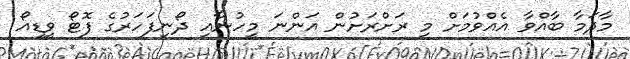
މާދަމާ ބާއްވާ އެއްވުމަށް މި ރަށްރަށުން އަންނަ މީހުނާއި ދޯނިފަހަރުގެ ފޮޓޯ ވީޑިއޯ